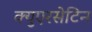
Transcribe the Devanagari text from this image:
क्युएरसेटिन